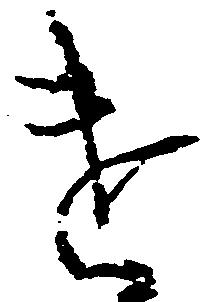
遣